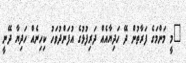
"މީ މަންމަގެ ފަރާތުން ދޭ ހަދިޔާއެއް ދަރިފުޅުގެ އުފަންދުވަހު ކިހިނެއް ހަދިޔާ ދޭނީ